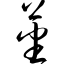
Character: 蕃